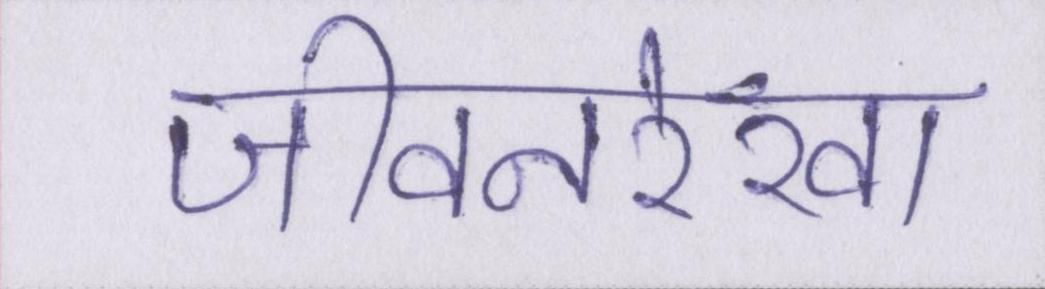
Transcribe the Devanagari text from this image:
जीवनरेखा